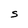
Character: S